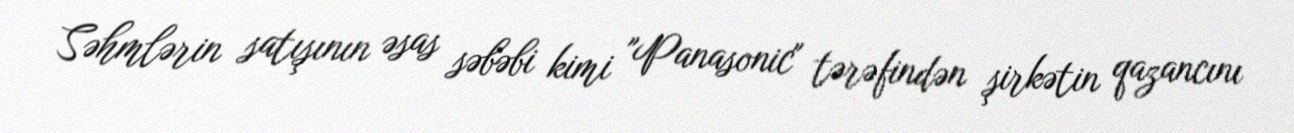
Səhmlərin satışının əsas səbəbi kimi "Panasonic" tərəfindən şirkətin qazancını